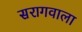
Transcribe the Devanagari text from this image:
सरागवाला